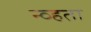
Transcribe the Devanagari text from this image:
न्व्हता